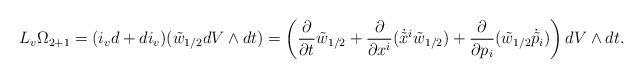
LaTeX: \begin{align*}L_v\Omega_{2+1}=(i_vd+di_v)(\tilde{w}_{1/2}dV\wedge dt)=\left(\frac{\partial}{\partial t}\tilde{w}_{1/2}+\frac{\partial}{\partial x^i}(\dot{\tilde x}^i\tilde{w}_{1/2})+\frac{\partial}{\partial p_i}(\tilde{w}_{1/2}\dot{\tilde p}_i)\right)dV\wedge dt.\end{align*}